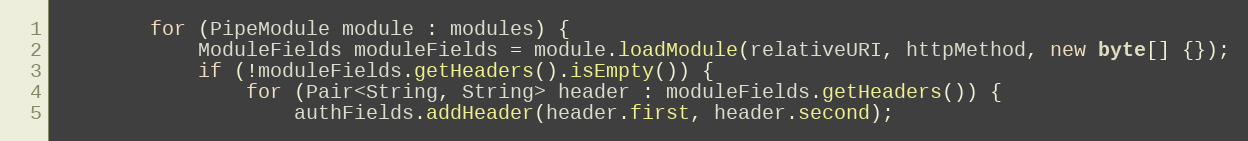
Language: Java
        for (PipeModule module : modules) {
            ModuleFields moduleFields = module.loadModule(relativeURI, httpMethod, new byte[] {});
            if (!moduleFields.getHeaders().isEmpty()) {
                for (Pair<String, String> header : moduleFields.getHeaders()) {
                    authFields.addHeader(header.first, header.second);